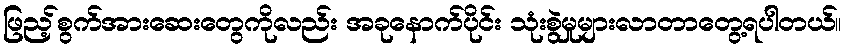
ဖြည့်စွက်အားဆေးတွေကိုလည်း အခုနောက်ပိုင်း သုံးစွဲမှုများလာတာတွေ့ရပါတယ်။